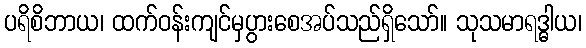
ပရိစိဘာယ၊ ထက်ဝန်းကျင်မှပွားစေအပ်သည်ရှိသော်။ သုသမာရဒ္ဓါယ၊